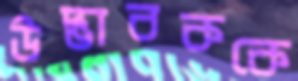
উদ্ভাবককে